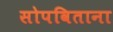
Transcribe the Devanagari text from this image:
सोपविताना